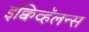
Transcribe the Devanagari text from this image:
इक्विव्हॅलन्स